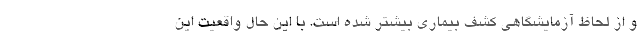
و از لحاظ آزمایشگاهی کشف بیماری بیشتر شده است. با این حال واقعیت این